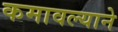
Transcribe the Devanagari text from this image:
कमावल्याने